Annual report on the mental hospital in the Central Provinces and Berar (Nagpur) - 1927-1951
Year: 1927
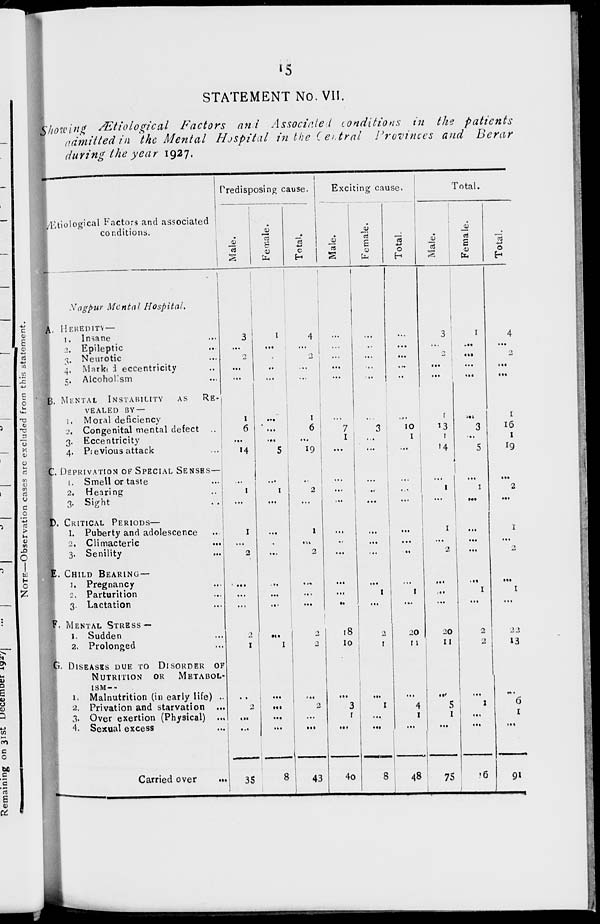
15
STATEMENT No. VII.
Showing Ætiological Factors and Associated conditions in the patients
admitted in the Mental Hospital in the Central Provinces and Berar
during the year 1927.
Ætiological Factors and associated
conditions.
Nagpur Mental Hospital.
A. HEREDITY —
1. Insane ...
2. Epileptic ...
3. Neurotic ...
4. Marked eccentricity ...
5. Alcoholism ...
B. MENTAL ISTABILITY AS RE-
------ BY —
1. Moral deficiency ...
2. Congenital mental defect ...
3. Eccentricity ...
4. Previous attack ...
C. DEPRIVATION OF SPECIAL SENSES—
1. Smell or taste ...
2. Hearing ...
3. Sight ...
D. CRITICAL PERIODS—
1. Puberty and adolescence ...
2, Climacteric ...
3. Senility ...
E. CHILD BEARING—
1. Pregnancy ...
2. Parturition ...
3. Lactation ...
F. MENTAL STRESS —
1. Sudden ...
2. Prolonged ...
G. DISEASES DUE TO DISORDER OF
NUTRITION OR METABOL-
ISM—
1. Malnutrition (in early life) ...
2. Privation and starvation ...
3. Over exertion (Physical) ...
4. Sexual excess ...
Carried over
...
Predisposing cause.
Male.
3
...
2
...
...
1
6
...
14
...
1
...
1
...
2
...
...
...
2
1
...
2
...
...
35
Female.
1
...
...
...
...
...
...
...
5
...
1
...
...
...
...
...
...
...
...
1
...
...
...
...
8
Total.
4
...
2
...
...
1
6
...
19
...
2
...
1
...
2
...
...
...
2
2
...
2
...
...
43
Exciting cause.
Male.
...
...
...
...
...
...
7
1
...
...
...
...
...
...
...
...
...
...
18
10
...
3
1
...
40
Female.
...
...
...
...
...
...
3
...
...
...
...
...
...
...
...
...
1
...
2
1
...
1
...
...
8
Total.
...
...
...
...
...
...
10
1
...
...
...
...
...
...
...
...
1
...
20
11
...
4
1
...
48
Total.
Male.
3
...
2
...
...
1
13
1
14
...
1
...
1
...
2
...
...
...
20
11
...
5
1
...
75
Female.
1
...
...
...
...
...
3
...
5
...
1
...
...
...
...
...
1
...
2
2
...
1
...
...
16
Total.
4
...
2
...
...
1
16
1
19
...
2
...
1
...
2
...
1
...
22
13
...
6
1
...
91